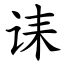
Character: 诔